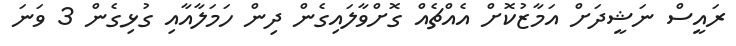
ރައީސް ނަޝީދަށް އަމާޒުކޮށް އެއްޗެއް ގޮށްވާލައިގެން ދިން ހަމަލާއާއި ގުޅިގެން 3 ވަނަ